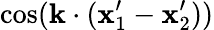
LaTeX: \mathrm{cos}(\mathbf{k}\cdot(\mathbf{x}_{1}^{\prime}-\mathbf{x}_{2}^{\prime}))